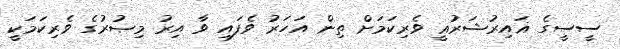
ސީސީގެ ޣައިރުޝަރުޢީ ވެރިކަމަށް ތިން އަހަރު ވެފައި ވާ އިރު މިޞުރުގެ ވެރިކަމަކީ